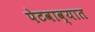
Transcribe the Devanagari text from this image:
पेटवाव्यात